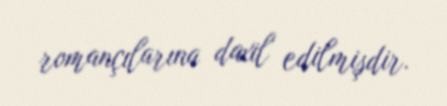
romançılarına daxil edilmişdir.